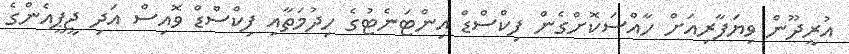
އުރީދޫން ވިޔަފާރިއަށް ހާއްސަކޮށްގެން ފިކްސްޑް އިންޓަނެޓުގެ ހިދުމަތާއި ފިކްސްޑް ވޮއިސް އަދި ޖީޕީއެންގެ